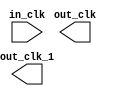
module qsys_top_clock_bridge_0 (
		input  wire  in_clk,    //    in_clk.clk
		output wire  out_clk,   //   out_clk.clk
		output wire  out_clk_1  // out_clk_1.clk
	);
endmodule